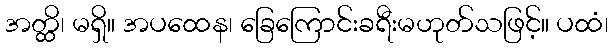
အတ္ထိ၊ မရှိ။ အပထေန၊ ခြေကြောင်းခရီးမဟုတ်သဖြင့်။ ပထံ၊